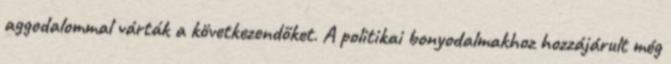
aggodalommal várták a következendőket. A politikai bonyodalmakhoz hozzájárult még